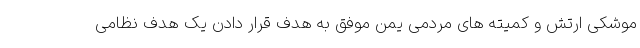
موشکی ارتش و کمیته های مردمی یمن موفق به هدف قرار دادن یک هدف نظامی